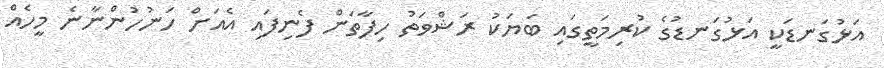
އަޅުގަނޑަކީ އަޅުގަނޑުގެ ކުރިމަތީގައި ބަޔަކު ރަޝްވަތު ހިފާތަން ފެނިފައި އެއަށް ހަނުހުންނާނެ މީހެއް